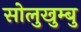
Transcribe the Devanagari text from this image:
सोलुखुम्बु